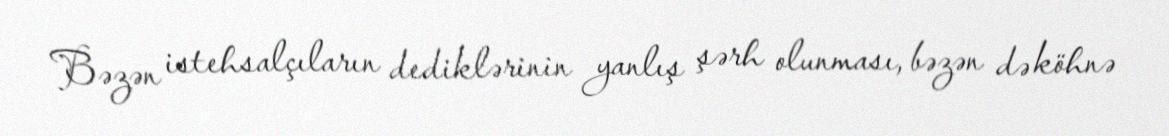
Bəzən istehsalçıların dediklərinin yanlış şərh olunması, bəzən də köhnə